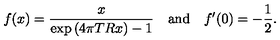
f ( x ) = \frac { x } { \exp { ( 4 \pi T R x ) } - 1 } \quad \mathrm { a n d } \quad f ^ { \prime } ( 0 ) = - \frac { 1 } { 2 } { . }